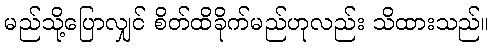
မည်သို့ပြောလျှင် စိတ်ထိခိုက်မည်ဟုလည်း သိထားသည်။